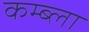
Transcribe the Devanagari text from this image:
कम्ब्ला